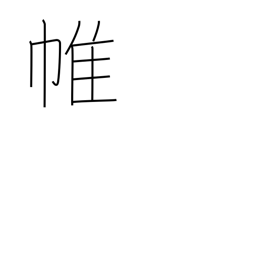
Meaning: curtain